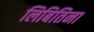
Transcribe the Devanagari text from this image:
लिबितिना